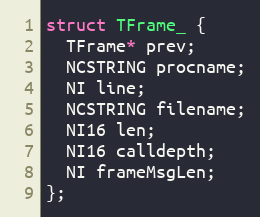
Language: C
struct TFrame_ {
  TFrame* prev;
  NCSTRING procname;
  NI line;
  NCSTRING filename;
  NI16 len;
  NI16 calldepth;
  NI frameMsgLen;
};